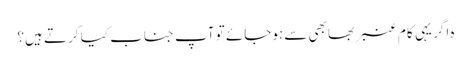
ہ اگر یہی کام عنبر بھابھی سے ہوجائے تو آپ جناب کیا کرتے ہیں؟